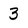
Character: 3